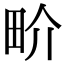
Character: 畍